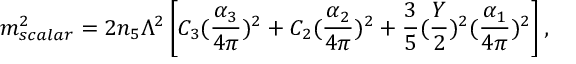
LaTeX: m _ { s c a l a r } ^ { 2 } = 2 n _ { 5 } \Lambda ^ { 2 } \left[ C _ { 3 } ( \frac { \alpha _ { 3 } } { 4 \pi } ) ^ { 2 } + C _ { 2 } ( \frac { \alpha _ { 2 } } { 4 \pi } ) ^ { 2 } + \frac { 3 } { 5 } ( \frac { Y } { 2 } ) ^ { 2 } ( \frac { \alpha _ { 1 } } { 4 \pi } ) ^ { 2 } \right] ,